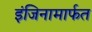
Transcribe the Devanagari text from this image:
इंजिनामार्फत